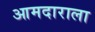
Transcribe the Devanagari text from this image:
आमदाराला